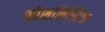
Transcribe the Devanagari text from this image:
सोशलिस्टिक